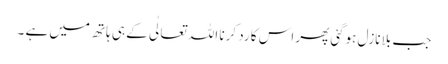
جب بلا نازل ہوگئی پھر اس کا رد کرنا اللہ تعالٰی کے ہی ہاتھ میں ہے ۔